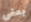
بعض